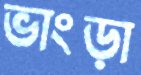
ভাংড়া